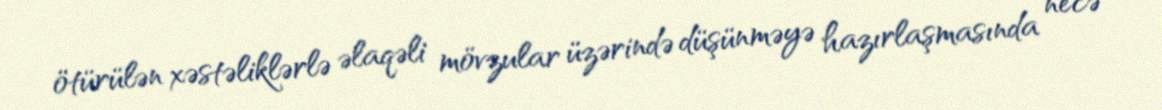
ötürülən xəstəliklərlə əlaqəli mövzular üzərində düşünməyə hazırlaşmasında necə